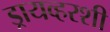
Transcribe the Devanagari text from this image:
ड्रायव्हरशी